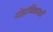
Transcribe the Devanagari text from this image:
मोझांबिकमध्ये